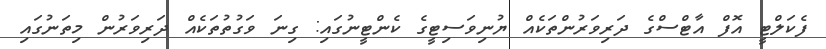
ފެކަލްޓީ އޮފް އާޓްސްގެ ދަރިވަރުންތަކެއް ޔުނިވަސިޓީގެ ކެންޓީނުގައި: ގިނަ ވަގުތުތަކެއް ދަރިވަރުން މިތަނުގައި